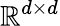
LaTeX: \mathbb{R}^{d\times d}